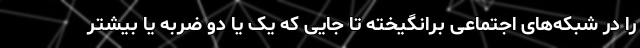
را در شبکه‌های اجتماعی برانگیخته تا جایی که یک یا دو ضربه یا بیشتر